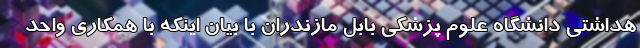
هداشتی دانشگاه علوم پزشکی بابل مازندران با بیان اینکه با همکاری واحد